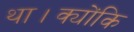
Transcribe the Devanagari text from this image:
था।क्योंकि